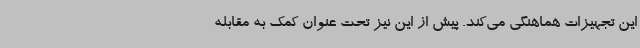
این تجهیزات هماهنگی می‌کند. پیش از این نیز تحت عنوان کمک به مقابله